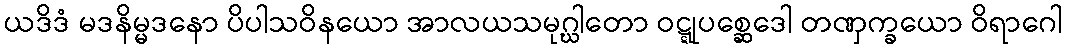
ယဒိဒံ မဒနိမ္မဒနော ပိပါသဝိနယော အာလယသမုဂ္ဃါတော ဝဋ္ဋုပစ္ဆေဒေါ တဏှက္ခယော ဝိရာဂေါ